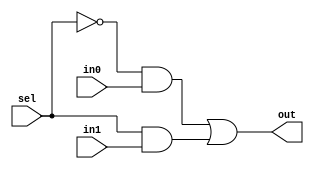
`timescale 1ns / 1ps
//////////////////////////////////////////////////////////////////////////////////
// Company: 
// 
// Design Name: 
// Module Name: mux2x1
// Project Name: 
// Target Devices: 
// Tool Versions: 
// Description: 
// 
// Dependencies: 
// 
// Revision:
// Revision 0.01 - File Created
// Additional Comments:
// 
//////////////////////////////////////////////////////////////////////////////////


module mux2x1(
    output out,
    input in0,
    input in1,
    input sel
    );
    
    wire t0, t1;
    and(t0, ~sel, in0);
    and(t1, sel, in1);
    or(out, t0, t1);
endmodule